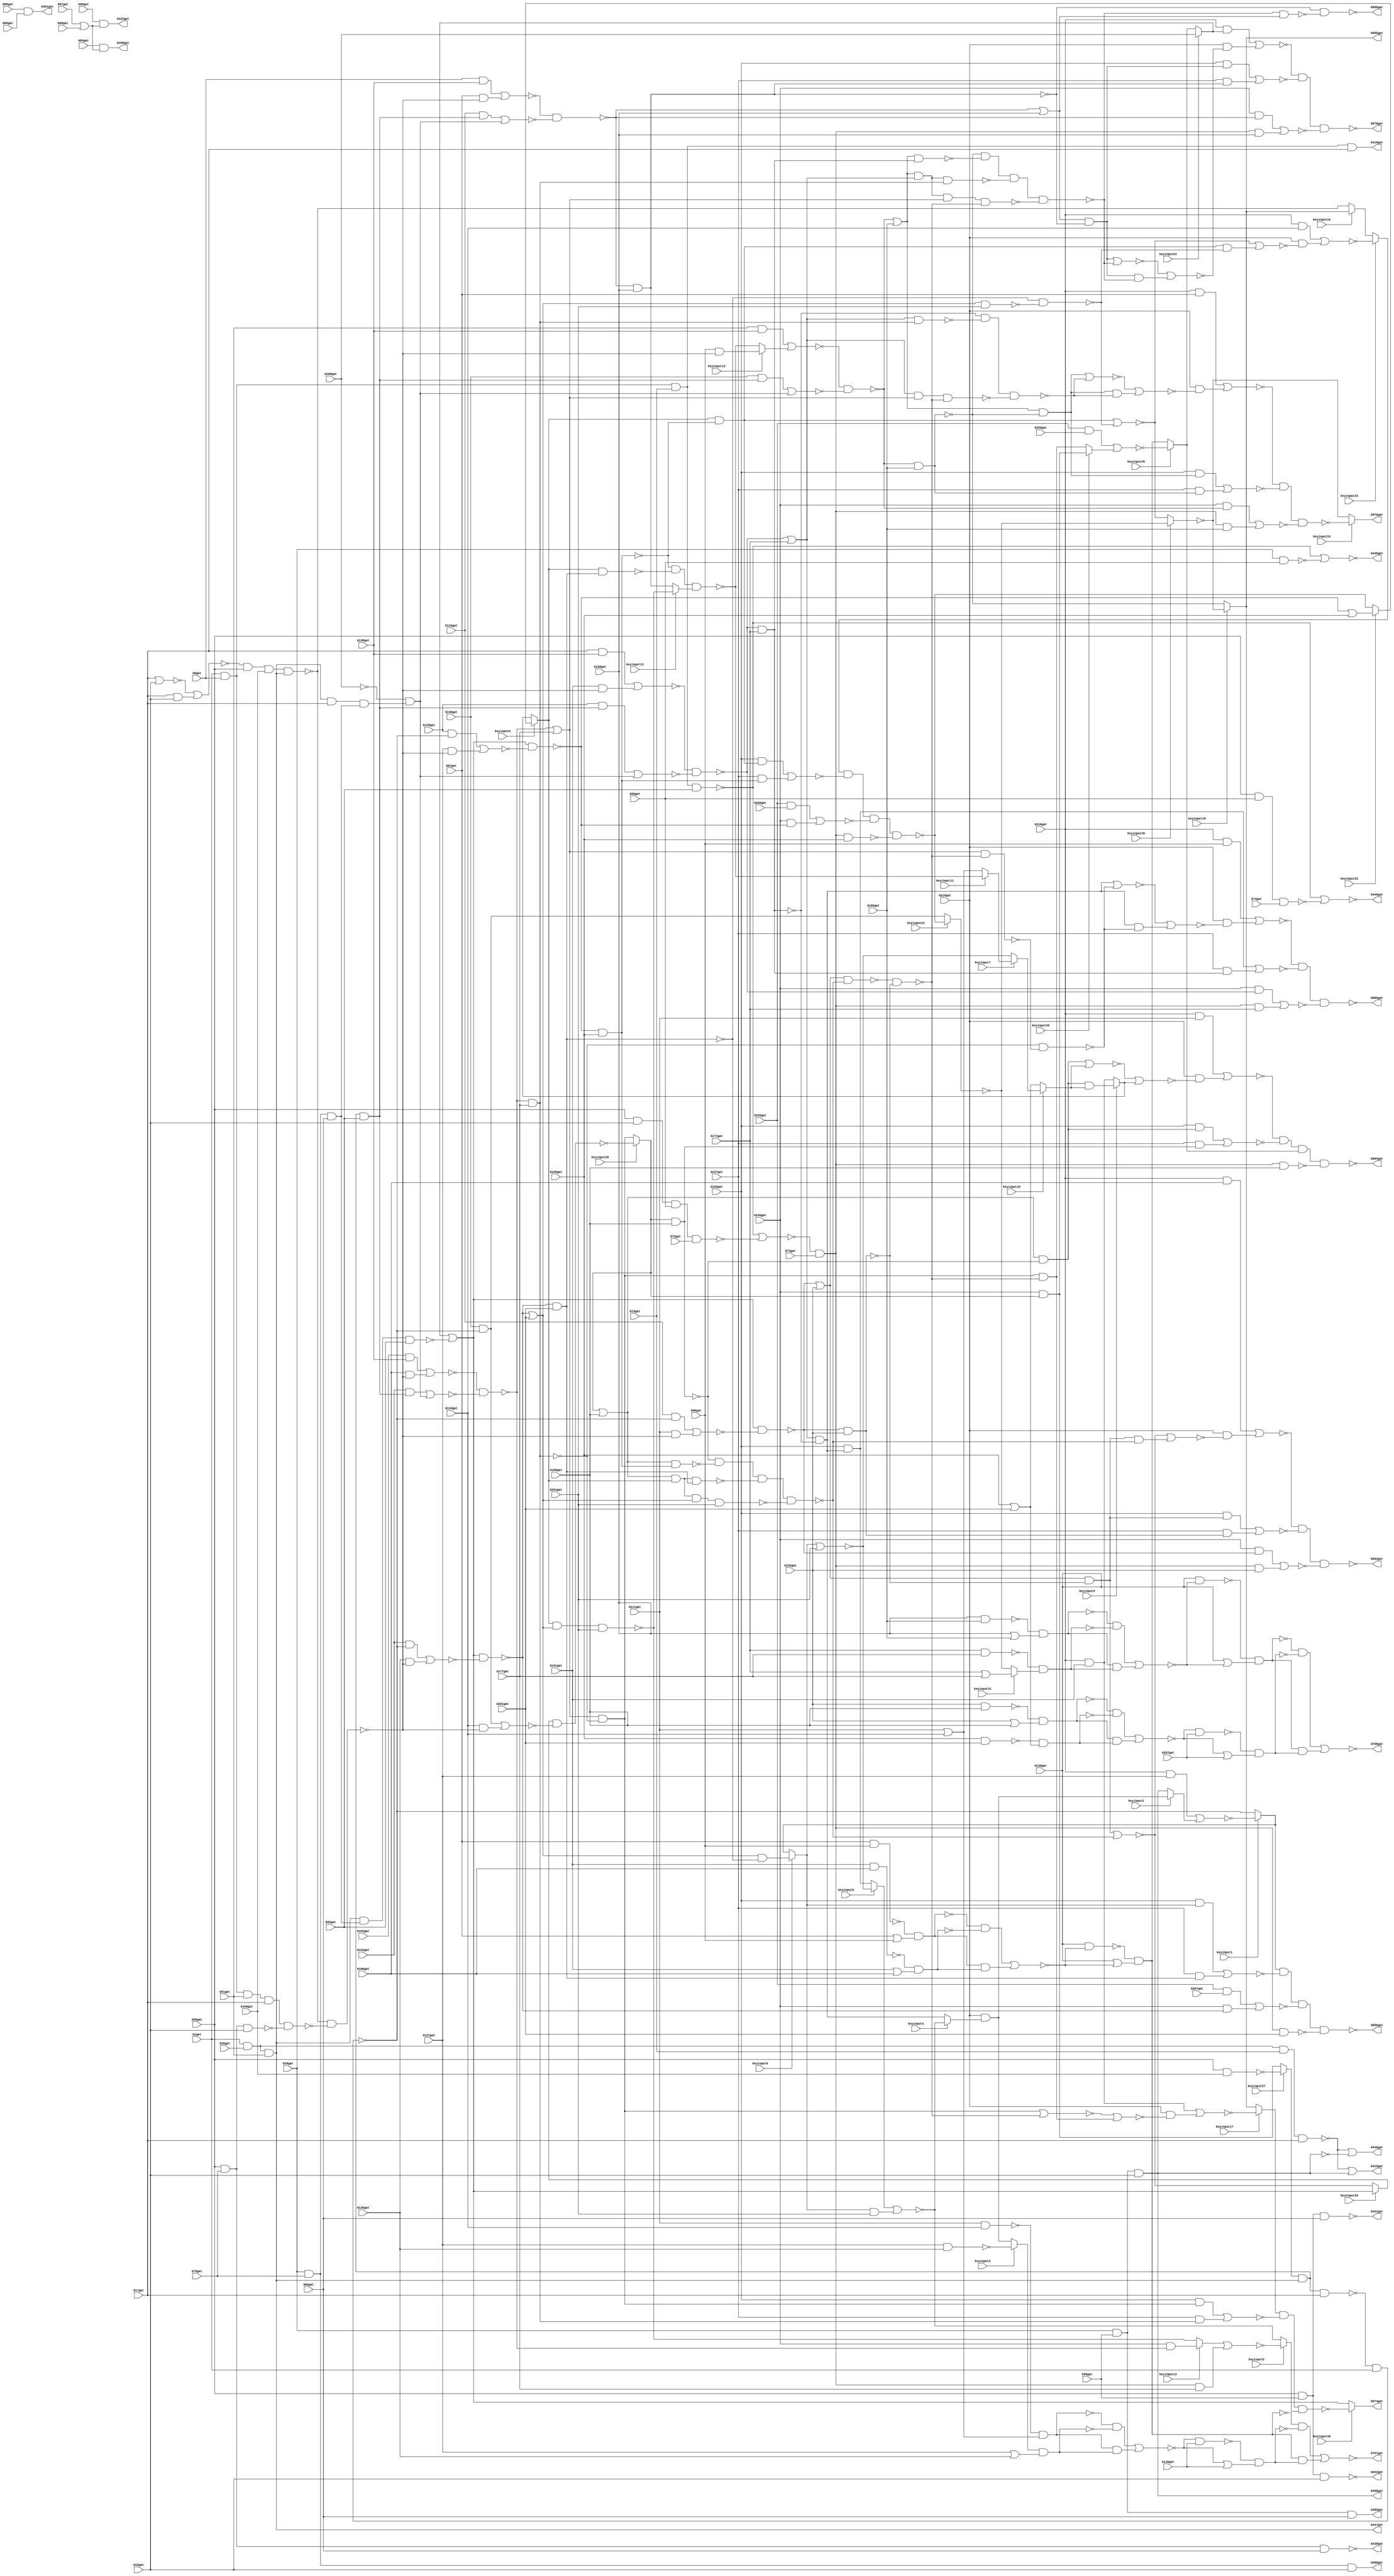
// Verilog File 
module top (G1gat,G8gat,G13gat,G17gat,G26gat,G29gat,G36gat,G42gat,G51gat,
G55gat,G59gat,G68gat,G72gat,G73gat,G74gat,G75gat,G80gat,G85gat,G86gat,
G87gat,G88gat,G89gat,G90gat,G91gat,G96gat,G101gat,G106gat,G111gat,G116gat,
G121gat,G126gat,G130gat,G135gat,G138gat,G143gat,G146gat,G149gat,G152gat,G153gat,
G156gat,G159gat,G165gat,G171gat,G177gat,G183gat,G189gat,G195gat,G201gat,G207gat,
G210gat,G219gat,G228gat,G237gat,G246gat,G255gat,G259gat,G260gat,G261gat,G267gat,
G268gat,G388gat,G389gat,G390gat,G391gat,G418gat,G419gat,G420gat,G421gat,G422gat,
G423gat,G446gat,G447gat,G448gat,G449gat,G450gat,G767gat,G768gat,G850gat,G863gat,
G864gat,G865gat,G866gat,G874gat,G878gat,G879gat,G880gat,keyinput0,keyinput1,keyinput2,
keyinput3,keyinput4,keyinput5,keyinput6,keyinput7,keyinput8,keyinput9,keyinput10,keyinput11,keyinput12,
keyinput13,keyinput14,keyinput15,keyinput16,keyinput17,keyinput18,keyinput19,keyinput20,keyinput21,keyinput22,
keyinput23,keyinput24,keyinput25,keyinput26,keyinput27,keyinput28,keyinput29,keyinput30);

input G1gat,G8gat,G13gat,G17gat,G26gat,G29gat,G36gat,G42gat,G51gat,
G55gat,G59gat,G68gat,G72gat,G73gat,G74gat,G75gat,G80gat,G85gat,G86gat,
G87gat,G88gat,G89gat,G90gat,G91gat,G96gat,G101gat,G106gat,G111gat,G116gat,
G121gat,G126gat,G130gat,G135gat,G138gat,G143gat,G146gat,G149gat,G152gat,G153gat,
G156gat,G159gat,G165gat,G171gat,G177gat,G183gat,G189gat,G195gat,G201gat,G207gat,
G210gat,G219gat,G228gat,G237gat,G246gat,G255gat,G259gat,G260gat,G261gat,G267gat,
G268gat,keyinput0,keyinput1,keyinput2,keyinput3,keyinput4,keyinput5,keyinput6,keyinput7,keyinput8,
keyinput9,keyinput10,keyinput11,keyinput12,keyinput13,keyinput14,keyinput15,keyinput16,keyinput17,keyinput18,
keyinput19,keyinput20,keyinput21,keyinput22,keyinput23,keyinput24,keyinput25,keyinput26,keyinput27,keyinput28,
keyinput29,keyinput30;

output G388gat,G389gat,G390gat,G391gat,G418gat,G419gat,G420gat,G421gat,G422gat,
G423gat,G446gat,G447gat,G448gat,G449gat,G450gat,G767gat,G768gat,G850gat,G863gat,
G864gat,G865gat,G866gat,G874gat,G878gat,G879gat,G880gat;

wire G269gat,G270gat,G273gat,G276gat,G279gat,G280gat,G284gat,G285gat,G286gat,
G287gat,G290gat,G291gat,G292gat,G293gat,G294gat,G295gat,G296gat,G297gat,G298gat,
G301gat,G302gat,G303gat,G304gat,G305gat,G306gat,G307gat,G308gat,G309gat,G310gat,
G316gat,G317gat,G318gat,G319gat,G322gat,G323gat,G324gat,G325gat,G326gat,G327gat,
G328gat,G329gat,G330gat,G331gat,G332gat,G333gat,G334gat,G335gat,G336gat,G337gat,
G338gat,G339gat,G340gat,G341gat,G342gat,G343gat,G344gat,G345gat,G346gat,G347gat,
G348gat,G349gat,G350gat,G351gat,G352gat,G353gat,G354gat,G355gat,G356gat,G357gat,
G360gat,G363gat,G366gat,G369gat,G375gat,G376gat,G379gat,G382gat,G385gat,G392gat,
G393gat,G399gat,G400gat,G401gat,G402gat,G403gat,G404gat,G405gat,G406gat,G407gat,
G408gat,G409gat,G410gat,G411gat,G412gat,G413gat,G414gat,G415gat,G416gat,G417gat,
G424gat,G425gat,G426gat,G427gat,G432gat,G437gat,G442gat,G443gat,G444gat,G445gat,
G451gat,G460gat,G463gat,G466gat,G475gat,G476gat,G477gat,G478gat,G479gat,G480gat,
G481gat,G482gat,G483gat,G488gat,G489gat,G490gat,G491gat,G492gat,G495gat,G498gat,
G499gat,G500gat,G501gat,G502gat,G503gat,G504gat,G505gat,G506gat,G507gat,G508gat,
G509gat,G510gat,G511gat,G512gat,G513gat,G514gat,G515gat,G516gat,G517gat,G518gat,
G519gat,G520gat,G521gat,G522gat,G523gat,G524gat,G525gat,G526gat,G527gat,G528gat,
G529gat,G530gat,G533gat,G536gat,G537gat,G538gat,G539gat,G540gat,G541gat,G542gat,
G543gat,G544gat,G547gat,G550gat,G551gat,G552gat,G553gat,G557gat,G561gat,G565gat,
G569gat,G573gat,G577gat,G581gat,G585gat,G586gat,G587gat,G588gat,G589gat,G590gat,
G593gat,G596gat,G597gat,G600gat,G605gat,G606gat,G609gat,G615gat,G616gat,G619gat,
G624gat,G625gat,G628gat,G631gat,G632gat,G635gat,G640gat,G641gat,G644gat,G650gat,
G651gat,G654gat,G659gat,G660gat,G661gat,G662gat,G665gat,G669gat,G670gat,G673gat,
G677gat,G678gat,G682gat,G686gat,G687gat,G692gat,G696gat,G697gat,G700gat,G704gat,
G705gat,G708gat,G712gat,G713gat,G717gat,G721gat,G722gat,G727gat,G731gat,G732gat,
G733gat,G734gat,G735gat,G736gat,G737gat,G738gat,G739gat,G740gat,G741gat,G742gat,
G743gat,G744gat,G745gat,G746gat,G747gat,G748gat,G749gat,G750gat,G751gat,G752gat,
G753gat,G754gat,G755gat,G756gat,G757gat,G758gat,G759gat,G760gat,G761gat,G762gat,
G763gat,G764gat,G765gat,G766gat,G769gat,G770gat,G771gat,G772gat,G773gat,G777gat,
G778gat,G781gat,G782gat,G785gat,G786gat,G787gat,G788gat,G789gat,G790gat,G791gat,
G792gat,G793gat,G794gat,G795gat,G796gat,G802gat,G803gat,G804gat,G805gat,G806gat,
G807gat,G808gat,G809gat,G810gat,G811gat,G812gat,G813gat,G814gat,G815gat,G819gat,
G822gat,G825gat,G826gat,G827gat,G828gat,G829gat,G830gat,G831gat,G832gat,G833gat,
G834gat,G835gat,G836gat,G837gat,G838gat,G839gat,G840gat,G841gat,G842gat,G843gat,
G844gat,G845gat,G846gat,G847gat,G848gat,G849gat,G851gat,G852gat,G853gat,G854gat,
G855gat,G856gat,G857gat,G858gat,G859gat,G860gat,G861gat,G862gat,G867gat,G868gat,
G869gat,G870gat,G871gat,G872gat,G873gat,G875gat,G876gat,G877gat,muxed0,muxed1,
muxed2,muxed3,muxed4,muxed5,muxed6,muxed7,muxed8,muxed9,muxed10,muxed11,
muxed12,muxed13,muxed14,muxed15,muxed16,muxed17,muxed18,muxed19,muxed20,muxed21,
muxed22,muxed23,muxed24,muxed25,muxed26,muxed27,muxed28,muxed29,muxed30;
nand gate_0(G269gat,G1gat,G8gat,G13gat,G17gat);
nand gate_1(G270gat,G1gat,G26gat,G13gat,G17gat);
and gate_2(G273gat,G29gat,G36gat,G42gat);
and gate_3(G276gat,G1gat,G26gat,G51gat);
nand gate_4(G279gat,G1gat,G8gat,G51gat,G17gat);
nand gate_5(G280gat,G1gat,G8gat,G13gat,G55gat);
nand gate_6(G284gat,G59gat,G42gat,G68gat,G72gat);
nand gate_7(G285gat,G29gat,G68gat);
nand gate_8(G286gat,G59gat,G68gat,G74gat);
and gate_9(G287gat,G29gat,G75gat,G80gat);
and gate_10(G290gat,G29gat,G75gat,G42gat);
and gate_11(G291gat,G29gat,G36gat,G80gat);
and gate_12(G292gat,G29gat,G36gat,G42gat);
and gate_13(G293gat,G59gat,G75gat,G80gat);
and gate_14(G294gat,G59gat,G75gat,G42gat);
and gate_15(G295gat,G59gat,G36gat,G80gat);
and gate_16(G296gat,G59gat,G36gat,G42gat);
and gate_17(G297gat,G85gat,G86gat);
or gate_18(G298gat,G87gat,G88gat);
nand gate_19(G301gat,G91gat,G96gat);
or gate_20(G302gat,G91gat,G96gat);
nand gate_21(G303gat,G101gat,G106gat);
or gate_22(G304gat,G101gat,G106gat);
nand gate_23(G305gat,G111gat,G116gat);
or gate_24(G306gat,G111gat,G116gat);
nand gate_25(G307gat,G121gat,G126gat);
or gate_26(G308gat,G121gat,G126gat);
and gate_27(G309gat,G8gat,G138gat);
not gate_28(G310gat,G268gat);
and gate_29(G316gat,G51gat,G138gat);
and gate_30(G317gat,G17gat,G138gat);
and gate_31(G318gat,G152gat,G138gat);
nand gate_32(G319gat,G59gat,G156gat);
nor gate_33(G322gat,G17gat,G42gat);
and gate_34(G323gat,G17gat,G42gat);
nand gate_35(G324gat,G159gat,G165gat);
or gate_36(G325gat,G159gat,G165gat);
nand gate_37(G326gat,G171gat,G177gat);
or gate_38(G327gat,G171gat,G177gat);
nand gate_39(G328gat,G183gat,G189gat);
or gate_40(G329gat,G183gat,G189gat);
nand gate_41(G330gat,G195gat,G201gat);
or gate_42(G331gat,G195gat,G201gat);
and gate_43(G332gat,G210gat,G91gat);
and gate_44(G333gat,G210gat,G96gat);
and gate_45(G334gat,G210gat,G101gat);
and gate_46(G335gat,G210gat,G106gat);
and gate_47(G336gat,G210gat,G111gat);
and gate_48(G337gat,G255gat,G259gat);
and gate_49(G338gat,G210gat,G116gat);
and gate_50(G339gat,G255gat,G260gat);
and gate_51(G340gat,G210gat,G121gat);
and gate_52(G341gat,G255gat,G267gat);
not gate_53(G342gat,G269gat);
not gate_54(G343gat,G273gat);
or gate_55(G344gat,G270gat,G273gat);
not gate_56(G345gat,G276gat);
not gate_57(G346gat,G276gat);
not gate_58(G347gat,G279gat);
nor gate_59(G348gat,G280gat,G284gat);
or gate_60(G349gat,G280gat,G285gat);
or gate_61(G350gat,G280gat,G286gat);
not gate_62(G351gat,G293gat);
not gate_63(G352gat,G294gat);
not gate_64(G353gat,G295gat);
not gate_65(G354gat,G296gat);
nand gate_66(G355gat,G89gat,G298gat);
and gate_67(G356gat,G90gat,G298gat);
nand gate_68(G357gat,G301gat,G302gat);
nand gate_69(G360gat,G303gat,G304gat);
nand gate_70(G363gat,G305gat,G306gat);
nand gate_71(G366gat,muxed3,G308gat);
not gate_72(G369gat,G310gat);
nor gate_73(G375gat,G322gat,G323gat);
nand gate_74(G376gat,G324gat,G325gat);
nand gate_75(G379gat,G326gat,muxed21);
nand gate_76(G382gat,G328gat,G329gat);
nand gate_77(G385gat,G330gat,G331gat);
buf gate_78(G388gat,G290gat);
buf gate_79(G389gat,G291gat);
buf gate_80(G390gat,G292gat);
buf gate_81(G391gat,G297gat);
or gate_82(G392gat,G270gat,G343gat);
not gate_83(G393gat,G345gat);
not gate_84(G399gat,G346gat);
and gate_85(G400gat,G348gat,G73gat);
not gate_86(G401gat,G349gat);
not gate_87(G402gat,G350gat);
not gate_88(G403gat,G355gat);
not gate_89(G404gat,G357gat);
not gate_90(G405gat,G360gat);
and gate_91(G406gat,G357gat,G360gat);
not gate_92(G407gat,G363gat);
not gate_93(G408gat,G366gat);
and gate_94(G409gat,G363gat,G366gat);
nand gate_95(G410gat,G347gat,G352gat);
not gate_96(G411gat,G376gat);
not gate_97(G412gat,G379gat);
and gate_98(G413gat,G376gat,G379gat);
not gate_99(G414gat,G382gat);
not gate_100(G415gat,G385gat);
and gate_101(G416gat,G382gat,G385gat);
and gate_102(G417gat,G210gat,muxed24);
buf gate_103(G418gat,G342gat);
buf gate_104(G419gat,G344gat);
buf gate_105(G420gat,G351gat);
buf gate_106(G421gat,G353gat);
buf gate_107(G422gat,G354gat);
buf gate_108(G423gat,G356gat);
not gate_109(G424gat,G400gat);
and gate_110(G425gat,G404gat,G405gat);
and gate_111(G426gat,G407gat,G408gat);
and gate_112(G427gat,muxed27,G393gat,G55gat);
and gate_113(G432gat,G393gat,G17gat,G287gat);
nand gate_114(G437gat,G393gat,G287gat,G55gat);
nand gate_115(G442gat,G375gat,G59gat,G156gat,G393gat);
nand gate_116(G443gat,G393gat,muxed27,G17gat);
and gate_117(G444gat,G411gat,G412gat);
and gate_118(G445gat,G414gat,G415gat);
buf gate_119(G446gat,G392gat);
buf gate_120(G447gat,G399gat);
buf gate_121(G448gat,G401gat);
buf gate_122(G449gat,G402gat);
buf gate_123(G450gat,G403gat);
not gate_124(G451gat,G424gat);
nor gate_125(G460gat,G406gat,G425gat);
nor gate_126(G463gat,G409gat,G426gat);
nand gate_127(G466gat,G442gat,G410gat);
and gate_128(G475gat,G143gat,G427gat);
and gate_129(G476gat,G310gat,G432gat);
and gate_130(G477gat,G146gat,G427gat);
and gate_131(G478gat,G310gat,G432gat);
and gate_132(G479gat,G149gat,G427gat);
and gate_133(G480gat,G310gat,G432gat);
and gate_134(G481gat,G153gat,G427gat);
and gate_135(G482gat,G310gat,G432gat);
nand gate_136(G483gat,G443gat,G1gat);
or gate_137(G488gat,muxed24,G437gat);
or gate_138(G489gat,muxed24,G437gat);
or gate_139(G490gat,muxed24,G437gat);
or gate_140(G491gat,muxed24,G437gat);
nor gate_141(G492gat,G413gat,G444gat);
nor gate_142(G495gat,G416gat,G445gat);
nand gate_143(G498gat,G130gat,G460gat);
or gate_144(G499gat,G130gat,G460gat);
nand gate_145(G500gat,G463gat,G135gat);
or gate_146(G501gat,G463gat,G135gat);
and gate_147(G502gat,G91gat,G466gat);
nor gate_148(G503gat,G475gat,G476gat);
and gate_149(G504gat,G96gat,G466gat);
nor gate_150(G505gat,G477gat,G478gat);
and gate_151(G506gat,G101gat,G466gat);
nor gate_152(G507gat,G479gat,G480gat);
and gate_153(G508gat,G106gat,G466gat);
nor gate_154(G509gat,G481gat,G482gat);
and gate_155(G510gat,G143gat,G483gat);
and gate_156(G511gat,G111gat,G466gat);
and gate_157(G512gat,G146gat,G483gat);
and gate_158(G513gat,G116gat,G466gat);
and gate_159(G514gat,G149gat,G483gat);
and gate_160(G515gat,G121gat,G466gat);
and gate_161(G516gat,G153gat,G483gat);
and gate_162(G517gat,G126gat,G466gat);
nand gate_163(G518gat,G130gat,G492gat);
or gate_164(G519gat,G130gat,G492gat);
nand gate_165(G520gat,G495gat,G207gat);
or gate_166(G521gat,G495gat,G207gat);
and gate_167(G522gat,G451gat,G159gat);
and gate_168(G523gat,G451gat,G165gat);
and gate_169(G524gat,G451gat,G171gat);
and gate_170(G525gat,G451gat,G177gat);
and gate_171(G526gat,G451gat,G183gat);
nand gate_172(G527gat,G451gat,G189gat);
nand gate_173(G528gat,G451gat,G195gat);
nand gate_174(G529gat,G451gat,G201gat);
nand gate_175(G530gat,G498gat,G499gat);
nand gate_176(G533gat,G500gat,G501gat);
nor gate_177(G536gat,G309gat,G502gat);
nor gate_178(G537gat,G316gat,muxed12);
nor gate_179(G538gat,G317gat,G506gat);
nor gate_180(G539gat,G318gat,G508gat);
nor gate_181(G540gat,G510gat,G511gat);
nor gate_182(G541gat,G512gat,G513gat);
nor gate_183(G542gat,G514gat,G515gat);
nor gate_184(G543gat,G516gat,G517gat);
nand gate_185(G544gat,G518gat,G519gat);
nand gate_186(G547gat,G520gat,G521gat);
not gate_187(G550gat,G530gat);
not gate_188(G551gat,G533gat);
and gate_189(G552gat,G530gat,G533gat);
nand gate_190(G553gat,G536gat,G503gat);
nand gate_191(G557gat,G537gat,G505gat);
nand gate_192(G561gat,G538gat,G507gat);
nand gate_193(G565gat,G539gat,G509gat);
nand gate_194(G569gat,G488gat,G540gat);
nand gate_195(G573gat,muxed29,G541gat);
nand gate_196(G577gat,G490gat,G542gat);
nand gate_197(G581gat,G491gat,G543gat);
not gate_198(G585gat,G544gat);
not gate_199(G586gat,G547gat);
and gate_200(G587gat,G544gat,G547gat);
and gate_201(G588gat,G550gat,G551gat);
and gate_202(G589gat,G585gat,G586gat);
nand gate_203(G590gat,G553gat,G159gat);
or gate_204(G593gat,G553gat,G159gat);
and gate_205(G596gat,G246gat,G553gat);
nand gate_206(G597gat,G557gat,G165gat);
or gate_207(G600gat,G557gat,G165gat);
and gate_208(G605gat,G246gat,G557gat);
nand gate_209(G606gat,G561gat,G171gat);
or gate_210(G609gat,G561gat,G171gat);
and gate_211(G615gat,G246gat,G561gat);
nand gate_212(G616gat,G565gat,G177gat);
or gate_213(G619gat,G565gat,G177gat);
and gate_214(G624gat,G246gat,G565gat);
nand gate_215(G625gat,G569gat,G183gat);
or gate_216(G628gat,G569gat,G183gat);
and gate_217(G631gat,G246gat,G569gat);
nand gate_218(G632gat,muxed28,G189gat);
or gate_219(G635gat,muxed28,G189gat);
and gate_220(G640gat,G246gat,muxed28);
nand gate_221(G641gat,G577gat,G195gat);
or gate_222(G644gat,G577gat,G195gat);
and gate_223(G650gat,G246gat,G577gat);
nand gate_224(G651gat,G581gat,G201gat);
or gate_225(G654gat,G581gat,G201gat);
and gate_226(G659gat,G246gat,G581gat);
nor gate_227(G660gat,G552gat,G588gat);
nor gate_228(G661gat,G587gat,G589gat);
not gate_229(G662gat,G590gat);
and gate_230(G665gat,G593gat,G590gat);
nor gate_231(G669gat,G596gat,G522gat);
not gate_232(G670gat,G597gat);
and gate_233(G673gat,G600gat,G597gat);
nor gate_234(G677gat,G605gat,G523gat);
not gate_235(G678gat,G606gat);
and gate_236(G682gat,G609gat,G606gat);
nor gate_237(G686gat,G615gat,G524gat);
not gate_238(G687gat,G616gat);
and gate_239(G692gat,G619gat,G616gat);
nor gate_240(G696gat,muxed14,G525gat);
not gate_241(G697gat,G625gat);
and gate_242(G700gat,G628gat,G625gat);
nor gate_243(G704gat,G631gat,G526gat);
not gate_244(G705gat,G632gat);
and gate_245(G708gat,G635gat,G632gat);
nor gate_246(G712gat,G337gat,muxed26);
not gate_247(G713gat,G641gat);
and gate_248(G717gat,muxed8,G641gat);
nor gate_249(G721gat,G339gat,G650gat);
not gate_250(G722gat,G651gat);
and gate_251(G727gat,G654gat,G651gat);
nor gate_252(G731gat,G341gat,G659gat);
nand gate_253(G732gat,G654gat,G261gat);
nand gate_254(G733gat,muxed8,G654gat,G261gat);
nand gate_255(G734gat,G635gat,muxed8,G654gat,G261gat);
not gate_256(G735gat,G662gat);
and gate_257(G736gat,G228gat,G665gat);
and gate_258(G737gat,G237gat,G662gat);
not gate_259(G738gat,G670gat);
and gate_260(G739gat,G228gat,G673gat);
and gate_261(G740gat,G237gat,G670gat);
not gate_262(G741gat,G678gat);
and gate_263(G742gat,G228gat,G682gat);
and gate_264(G743gat,G237gat,G678gat);
not gate_265(G744gat,G687gat);
and gate_266(G745gat,G228gat,G692gat);
and gate_267(G746gat,G237gat,G687gat);
not gate_268(G747gat,G697gat);
and gate_269(G748gat,G228gat,G700gat);
and gate_270(G749gat,G237gat,G697gat);
not gate_271(G750gat,G705gat);
and gate_272(G751gat,G228gat,G708gat);
and gate_273(G752gat,G237gat,G705gat);
not gate_274(G753gat,G713gat);
and gate_275(G754gat,G228gat,G717gat);
and gate_276(G755gat,G237gat,G713gat);
not gate_277(G756gat,G722gat);
nor gate_278(G757gat,muxed0,G261gat);
and gate_279(G758gat,muxed0,G261gat);
and gate_280(G759gat,G228gat,muxed0);
and gate_281(G760gat,G237gat,G722gat);
nand gate_282(G761gat,muxed8,G722gat);
nand gate_283(G762gat,G635gat,G713gat);
nand gate_284(G763gat,G635gat,muxed8,G722gat);
nand gate_285(G764gat,G609gat,G687gat);
nand gate_286(G765gat,G600gat,G678gat);
nand gate_287(G766gat,G600gat,G609gat,G687gat);
buf gate_288(G767gat,G660gat);
buf gate_289(G768gat,G661gat);
nor gate_290(G769gat,G736gat,G737gat);
nor gate_291(G770gat,G739gat,G740gat);
nor gate_292(G771gat,G742gat,G743gat);
nor gate_293(G772gat,G745gat,G746gat);
nand gate_294(G773gat,G750gat,G762gat,G763gat,G734gat);
nor gate_295(G777gat,G748gat,G749gat);
nand gate_296(G778gat,G753gat,G761gat,muxed13);
nor gate_297(G781gat,G751gat,G752gat);
nand gate_298(G782gat,G756gat,G732gat);
nor gate_299(G785gat,G754gat,G755gat);
nor gate_300(G786gat,muxed6,G758gat);
nor gate_301(G787gat,G759gat,G760gat);
nor gate_302(G788gat,G700gat,G773gat);
and gate_303(G789gat,G700gat,G773gat);
nor gate_304(G790gat,G708gat,muxed10);
and gate_305(G791gat,G708gat,muxed10);
nor gate_306(G792gat,G717gat,G782gat);
and gate_307(G793gat,G717gat,G782gat);
and gate_308(G794gat,G219gat,muxed4);
nand gate_309(G795gat,G628gat,G773gat);
nand gate_310(G796gat,G795gat,G747gat);
nor gate_311(G802gat,G788gat,G789gat);
nor gate_312(G803gat,G790gat,muxed9);
nor gate_313(G804gat,G792gat,G793gat);
nor gate_314(G805gat,G340gat,muxed2);
nor gate_315(G806gat,G692gat,G796gat);
and gate_316(G807gat,G692gat,G796gat);
and gate_317(G808gat,G219gat,G802gat);
and gate_318(G809gat,G219gat,G803gat);
and gate_319(G810gat,G219gat,G804gat);
nand gate_320(G811gat,muxed1,G787gat,G731gat,G529gat);
nand gate_321(G812gat,G619gat,G796gat);
nand gate_322(G813gat,G609gat,G619gat,G796gat);
nand gate_323(G814gat,G600gat,G609gat,G619gat,G796gat);
nand gate_324(G815gat,G738gat,G765gat,G766gat,G814gat);
nand gate_325(G819gat,G741gat,G764gat,G813gat);
nand gate_326(G822gat,G744gat,G812gat);
nor gate_327(G825gat,G806gat,G807gat);
nor gate_328(G826gat,G335gat,G808gat);
nor gate_329(G827gat,G336gat,G809gat);
nor gate_330(G828gat,G338gat,G810gat);
not gate_331(G829gat,G811gat);
nor gate_332(G830gat,G665gat,G815gat);
and gate_333(G831gat,G665gat,G815gat);
nor gate_334(G832gat,G673gat,G819gat);
and gate_335(G833gat,G673gat,G819gat);
nor gate_336(G834gat,G682gat,G822gat);
and gate_337(G835gat,G682gat,G822gat);
and gate_338(G836gat,G219gat,G825gat);
nand gate_339(G837gat,G826gat,G777gat,G704gat);
nand gate_340(G838gat,G827gat,G781gat,muxed25,G527gat);
nand gate_341(G839gat,muxed15,G785gat,G721gat,G528gat);
not gate_342(G840gat,G829gat);
nand gate_343(G841gat,G815gat,G593gat);
nor gate_344(G842gat,G830gat,G831gat);
nor gate_345(G843gat,G832gat,G833gat);
nor gate_346(G844gat,G834gat,G835gat);
nor gate_347(G845gat,G334gat,G836gat);
not gate_348(G846gat,G837gat);
not gate_349(G847gat,G838gat);
not gate_350(G848gat,muxed22);
and gate_351(G849gat,G735gat,G841gat);
buf gate_352(G850gat,G840gat);
and gate_353(G851gat,G219gat,G842gat);
and gate_354(G852gat,G219gat,G843gat);
and gate_355(G853gat,G219gat,G844gat);
nand gate_356(G854gat,muxed17,G772gat,muxed5);
not gate_357(G855gat,G846gat);
not gate_358(G856gat,G847gat);
not gate_359(G857gat,muxed20);
not gate_360(G858gat,G849gat);
nor gate_361(G859gat,G417gat,G851gat);
nor gate_362(G860gat,G332gat,G852gat);
nor gate_363(G861gat,G333gat,G853gat);
not gate_364(G862gat,muxed30);
buf gate_365(G863gat,G855gat);
buf gate_366(G864gat,G856gat);
buf gate_367(G865gat,muxed18);
buf gate_368(G866gat,G858gat);
nand gate_369(G867gat,G859gat,G769gat,G669gat);
nand gate_370(G868gat,G860gat,G770gat,G677gat);
nand gate_371(G869gat,G861gat,G771gat,G686gat);
not gate_372(G870gat,G862gat);
not gate_373(G871gat,G867gat);
not gate_374(G872gat,muxed19);
not gate_375(G873gat,G869gat);
buf gate_376(G874gat,G870gat);
not gate_377(G875gat,G871gat);
not gate_378(G876gat,G872gat);
not gate_379(G877gat,G873gat);
buf gate_380(G878gat,G875gat);
buf gate_381(G879gat,G876gat);
buf gate_382(G880gat,G877gat);
assign muxed0 = keyinput0 ? G727gat : muxed1;
assign muxed1 = keyinput1 ? G805gat : G483gat;
assign muxed2 = keyinput2 ? G794gat : G273gat;
assign muxed3 = keyinput3 ? G307gat : G794gat;
assign muxed4 = keyinput4 ? G786gat : G682gat;
assign muxed5 = keyinput5 ? G696gat : G786gat;
assign muxed6 = keyinput6 ? G757gat : G742gat;
assign muxed7 = keyinput7 ? muxed11 : G757gat;
assign muxed8 = keyinput8 ? muxed23 : muxed9;
assign muxed9 = keyinput9 ? G791gat : G334gat;
assign muxed10 = keyinput10 ? muxed7 : G331gat;
assign muxed11 = keyinput11 ? G778gat : G306gat;
assign muxed12 = keyinput12 ? G504gat : G778gat;
assign muxed13 = keyinput13 ? G733gat : G662gat;
assign muxed14 = keyinput14 ? G624gat : G733gat;
assign muxed15 = keyinput15 ? G828gat : muxed16;
assign muxed16 = keyinput16 ? G865gat : G442gat;
assign muxed17 = keyinput17 ? G845gat : G865gat;
assign muxed18 = keyinput18 ? G857gat : G597gat;
assign muxed19 = keyinput19 ? G868gat : G857gat;
assign muxed20 = keyinput20 ? G848gat : G792gat;
assign muxed21 = keyinput21 ? G327gat : G848gat;
assign muxed22 = keyinput22 ? G839gat : G512gat;
assign muxed23 = keyinput23 ? G644gat : G839gat;
assign muxed24 = keyinput24 ? G369gat : muxed25;
assign muxed25 = keyinput25 ? G712gat : G550gat;
assign muxed26 = keyinput26 ? G640gat : G807gat;
assign muxed27 = keyinput27 ? G319gat : G640gat;
assign muxed28 = keyinput28 ? G573gat : G692gat;
assign muxed29 = keyinput29 ? G489gat : G788gat;
assign muxed30 = keyinput30 ? G854gat : G489gat;
endmodule